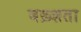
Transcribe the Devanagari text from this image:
बख़्शता